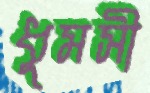
ধুমসী